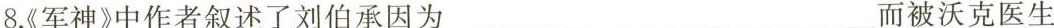
8《军神》中作者叙述了刘伯承因为___而被沃克